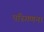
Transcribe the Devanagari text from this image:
परिगणन।